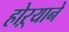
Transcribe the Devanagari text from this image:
होऱ्याने